Vaccination report Assam 1896-1927 - 1896-1927
Year: 1896
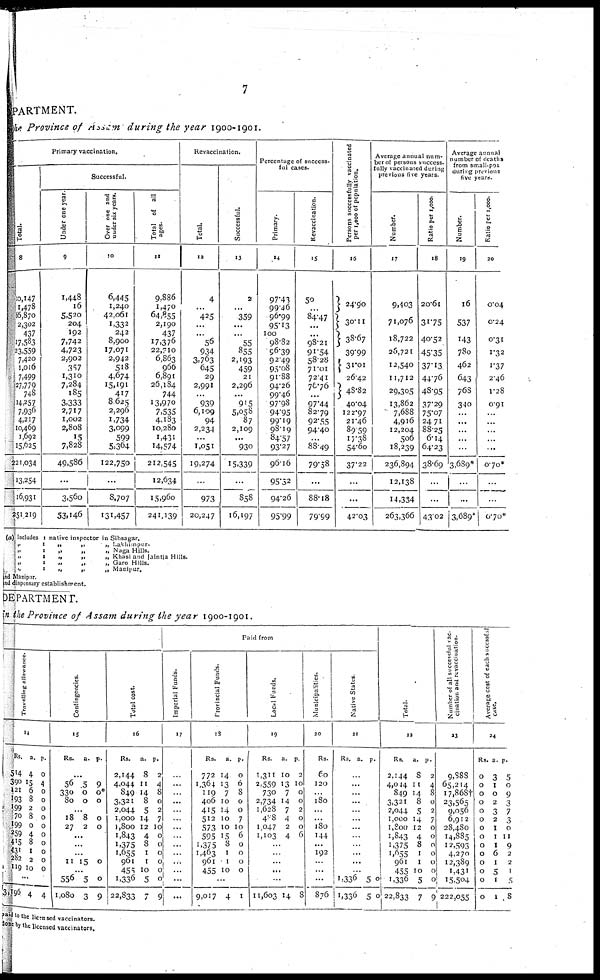
7
PARTMENT.
the Province of Assam during the year 1900-1901.
Primary vaccination.
Total.
8
10,147
1,478
66,870
2,302
437
17,583
23,559
7,420
1,016
7,499
27,779
748
14,257
7,936
4,217
10,469
1,692
15,625
221,034
13,254
16,931
251,219
Successful.
Under one year.
9
1,448
16
5,520
204
192
7,742
4,723
2,902
357
1,310
7,284
185
3,333
2,717
1,002
2,808
15
7,828
49,586
...
3,560
53,146
Over one and
under six years.
10
6,445
1,240
42,061
1,332
242
8,900
17,071
2,942
518
4,674
15,191
417
8,625
2,296
1,734
3,099
599
5,364
122,750
...
8,707
131,457
Total of all
ages.
11
9,886
1,470
64,855
2,190
437
17,376
22,710
6,863
966
6,891
26,184
744
13,970
7,535
4,183
10,280
1,431
14,574
212,545
12,634
15,960
241,139
Revaccination.
Total.
12
4
...
425
...
...
56
934
3,763
645
29
2,991
...
939
6,109
94
2,234
...
1,051
19,274
...
973
20,247
Successful.
13
2
...
359
...
...
55
855
2,193
459
21
2,296
...
915
5,058
87
2,109
...
930
15,339
...
858
16,197
Percentage of success-
ful cases.
Primary.
14
97.43
99.46
96.99
95.13
100
98.82
96.39
92.49
95.08
91.88
94.26
99.46
97.98
94.95
99.19
98.19
84.57
93.27
96.16
95.32
94.26
95.99
Revaccination.
15
50
...
84.47
...
...
98.21
91.54
58.28
71.01
72.41
76.76
...
97.44
82.79
92.55
94.40
...
88.49
79.58
...
88.18
79.99
Persons successfully vaccinated
per 1,000 of population.
16
24.90
30.11
38.67
39.99
31.01
26.42
48.82
40.04
122.97
21.46
89.59
17.38
54.60
37.22
...
...
42.03
Average annual num-
ber of persons success-
fully vaccinated during
previous five years.
Number.
17
9,403
71,076
18,722
26,721
12,540
11,712
29,305
13,862
7,688
4,916
12,204
506
18,239
236,894
12,138
14,334
263,366
Ratio per 1,000.
18
20.61
31.75
40.52
45.35
37.13
44.76
48.95
37.29
75.07
24.71
88.25
6.14
64.23
38.69
...
...
43.02
Average annual
number of deaths
from small-pox
during previous
five years.
Number.
19
16
537
143
780
462
643
768
340
...
...
...
...
...
3,689*
...
...
3,689*
Ratio per 1,000.
20
0.04
0.24
0.31
1.32
1.37
2.46
1.28
0.91
...
...
...
...
...
0.70*
...
...
0.70*
(a) Includes 1 native inspector in Sibsagar.
„
1
„
„
„ Lashinpur.
„
1
„
„
„ Naga Hills.
„
1
„
„
„ Khasi and Taintia Hills.
„
1
„
„
„ Garo Hills.
„
1
„
„
„ Manipur.
ind Manipur.
ind dispensary establishment.
DEPARTMENT.
in the Province of Assam during the year 1900-1901.
Travelling allowance.
14
Rs.
514
390
121
193
199
70
199
259
415
431
282
119
a.
4
15
6
8
2
8
0
4
8
1
2
10
p.
0
4
0
0
0
0
0
0
0
0
0
0
...
3,196 4 4
Contingencies.
15
Rs.
a. p.
...
56
330
80
5
0
0
9
0*
0
...
18
27
8
2
0
0
...
...
...
11 15 0
...
556
1,080
5
3
0
9
Total cost.
16
Rs.
2,144
4,044
849
3,321
2,044
1,000
1,800
1,843
1,375
1,655
961
455
1,336
22,833
a.
8
11
14
8
5
14
12
4
8
1
1
10
5
7
p.
2
4
8
0
2
7
10
0
0
0
0
0
0
9
Paid from
Imperial Funds.
17
...
...
...
...
...
...
...
...
...
...
...
...
...
...
Provincial Funds.
18
Rs.
772
1,364
119
406
415
512
573
595
1,375
1,463
961
455
a.
14
13
7
10
14
10
10
15
8
1
1
10
p.
0
6
8
0
0
7
10
6
0
0
0
0
...
9,017 4 1
Local funds.
19
Rs.
1,311
2,559
730
2,734
1,628
408
1,047
1,103
a.
10
13
7
14
7
4
2
4
p
2
10
0
0
2
0
0
6
...
...
...
...
...
11,603 14 8
Municipalities.
20
Rs.
60
120
...
180
...
...
180
144
...
192
...
...
...
876
Native States
21
Rs. a. p.
...
...
...
...
...
...
...
...
...
...
...
...
1,336
1,336
5
5
0
0
Total.
21
Rs.
2,144
4,044
849
3,321
2,044
1,000
1,800
1,843
1,375
1,655
961
455
1,336
22,833
a.
8
11
14
8
5
14
12
4
8
1
1
10
5
7
p.
2
4
8
0
2
7
0
0
0
0
0
0
0
9
Number of all successful vac-
cination and revaccination.
23
9,888
65,214
17,868†
23,565
9,056
6,912
28,480
14,885
12,593
4,270
12,389
1,431
15,504
222,055
Average cost of each successful
case.
24
Rs.
0
0
0
0
0
0
0
0
0
0
0
0
0
0
a.
3
1
0
2
3
2
1
1
1
6
1
5
1
1
p.
5
0
9
3
7
3
0
11
9
2
2
1
5
8
paid to the licensed vaccinators.
done by the licensed vaccinators.